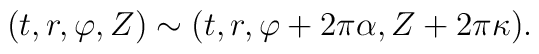
(t,r,\varphi,Z) \sim (t,r,\varphi+2\pi\alpha,Z+2\pi\kappa).